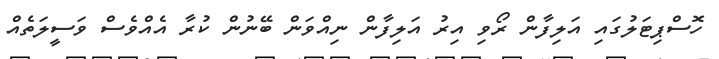
ހޮސްޕިޓަލުގައި އަލިފާން ރޯވި އިރު އަލިފާން ނިއްވަން ބޭނުން ކުރާ އެއްވެސް ވަސީލަތެއް